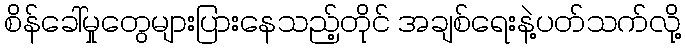
စိန်ခေါ်မှုတွေများပြားနေသည့်တိုင် အချစ်ရေးနဲ့ပတ်သက်လို့